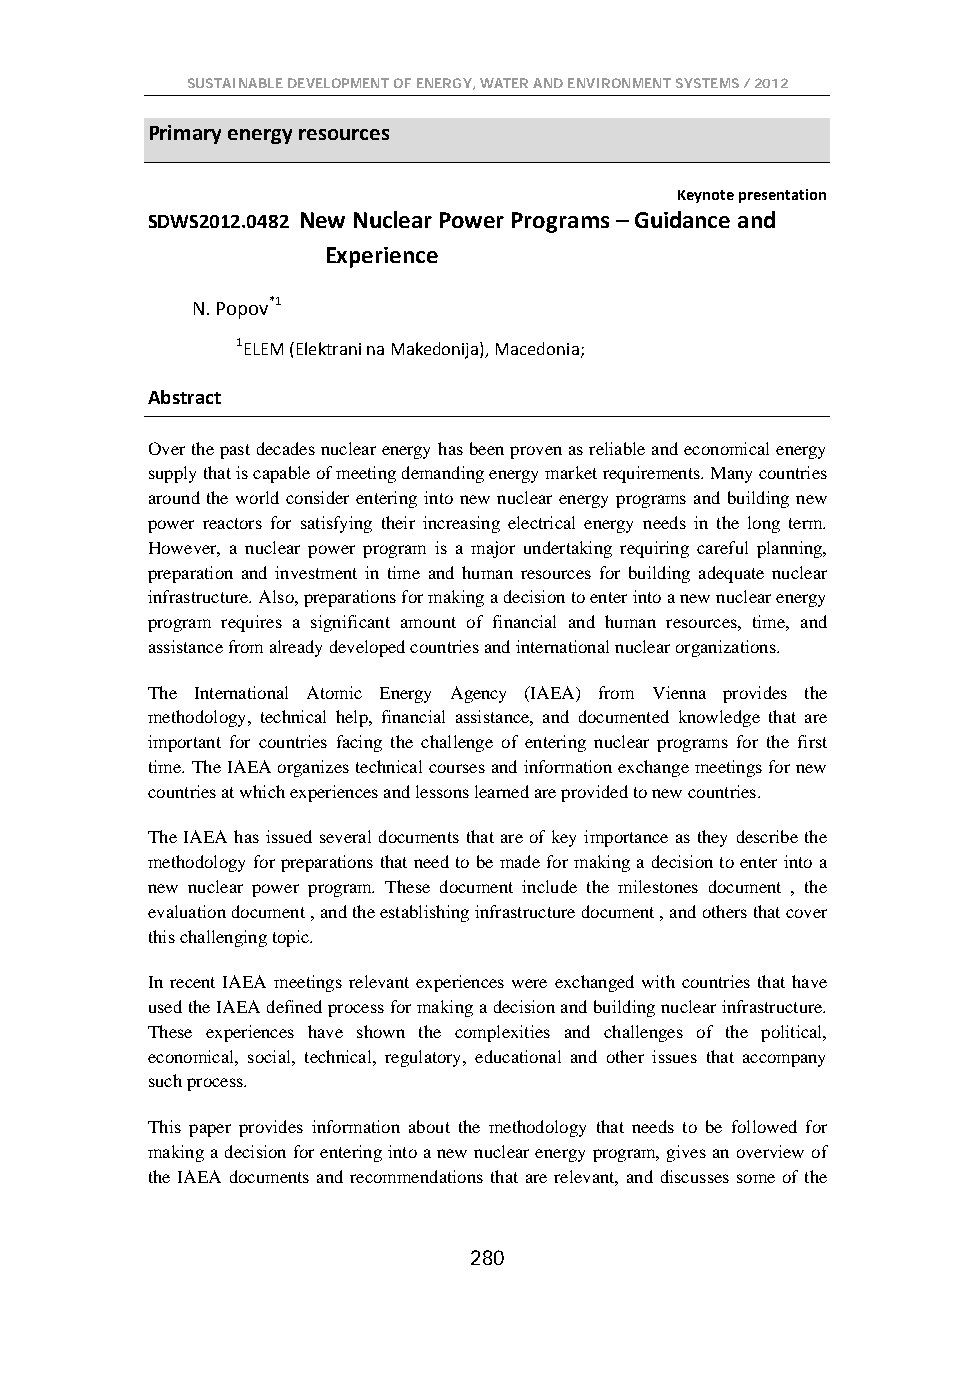
SUSTAINABLE DEVELOPMENT OF ENERGY, WATER AND ENVIRONMENT SYSTEMS / 2012
 Primary energy resources
 Keynote presentation
 SDWS2012.0482 New Nuclear Power Programs – Guidance and
 Experience
 N. Popov*1
 1ELEM (Elektrani na Makedonija), Macedonia;
 Abstract
 Over the past decades nuclear energy has been proven as reliable and economical energy
 supply that is capable of meeting demanding energy market requirements. Many countries
 around the world consider entering into new nuclear energy programs and building new
 power reactors for satisfying their increasing electrical energy needs in the long term.
 However, a nuclear power program is a major undertaking requiring careful planning,
 preparation and investment in time and human resources for building adequate nuclear
 infrastructure. Also, preparations for making a decision to enter into a new nuclear energy
 program requires a significant amount of financial and human resources, time, and
 assistance from already developed countries and international nuclear organizations.
 The International Atomic Energy Agency (IAEA) from Vienna provides the
 methodology, technical help, financial assistance, and documented knowledge that are
 important for countries facing the challenge of entering nuclear programs for the first
 time. The IAEA organizes technical courses and information exchange meetings for new
 countries at which experiences and lessons learned are provided to new countries.
 The IAEA has issued several documents that are of key importance as they describe the
 methodology for preparations that need to be made for making a decision to enter into a
 new nuclear power program. These document include the milestones document , the
 evaluation document , and the establishing infrastructure document , and others that cover
 this challenging topic.
 In recent IAEA meetings relevant experiences were exchanged with countries that have
 used the IAEA defined process for making a decision and building nuclear infrastructure.
 These experiences have shown the complexities and challenges of the political,
 economical, social, technical, regulatory, educational and other issues that accompany
 such process.
 This paper provides information about the methodology that needs to be followed for
 making a decision for entering into a new nuclear energy program, gives an overview of
 the IAEA documents and recommendations that are relevant, and discusses some of the
 280